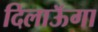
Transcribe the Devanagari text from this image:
दिलाऊॅगा